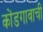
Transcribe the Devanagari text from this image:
कोंडगावाची